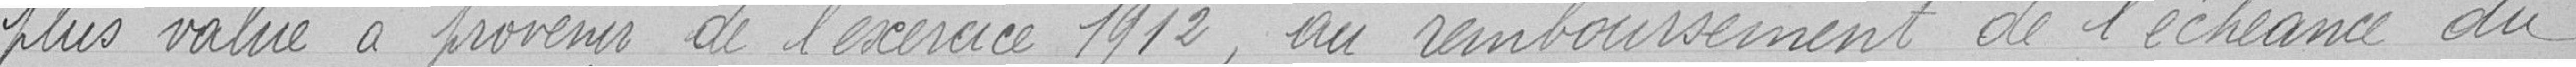
Plus value à provenir de l'exercice 1912, au remboursement de l'échéance du